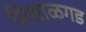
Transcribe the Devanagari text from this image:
पिशाळगड